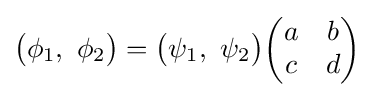
{\begin{pmatrix}\phi _{1},~\phi _{2}\end{pmatrix}}={\begin{pmatrix}\psi _{1},~\psi _{2}\end{pmatrix}}{\begin{pmatrix}a&b\\c&d\end{pmatrix}}